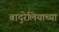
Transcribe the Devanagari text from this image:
बादुरेलियाच्या